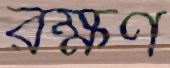
রক্ষণ